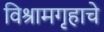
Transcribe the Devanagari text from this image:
विश्रामगृहाचे